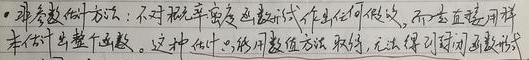
●非参数估计方法：不对概率密度函数作任何假设，而是直接用样本估计出整个函数。这种估计只利用数值方法取值，无法得到封闭函数形式。